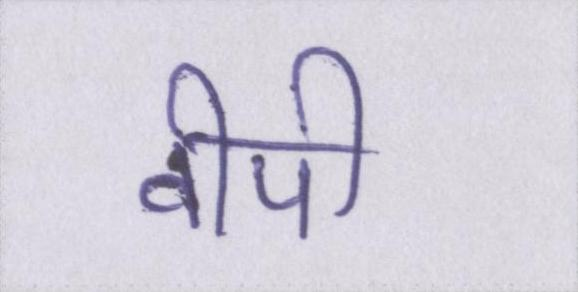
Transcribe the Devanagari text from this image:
वीपी